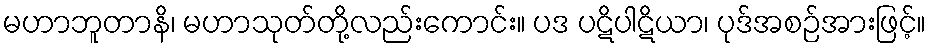
မဟာဘူတာနိ၊ မဟာသုတ်တို့လည်းကောင်း။ ပဒ ပဋိပါဋိယာ၊ ပုဒ်အစဉ်အားဖြင့်။